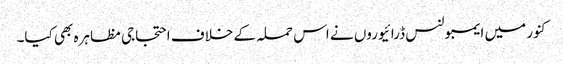
کنور میں ایمبولنس ڈرائیوروں نے اس حملہ کے خلاف احتجاجی مظاہرہ بھی کیا۔